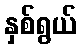
နှစ်ရွယ်